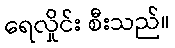
ရေလှိုင်း စီးသည်။